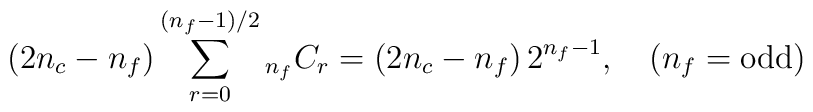
(2 n_c - n_f)  \sum_{r=0}^{(n_f-1)/2}  {}_{n_f} C_r    =   (2 n_c - n_f)  \, 2^{n_f-1}, \quad  (n_f = {\hbox {\rm odd}})